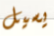
يسيل